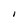
Character: I